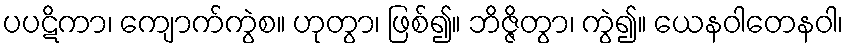
ပပဋိကာ၊ ကျောက်ကွဲစ။ ဟုတွာ၊ ဖြစ်၍။ ဘိဇ္ဇိတွာ၊ ကွဲ၍။ ယေနဝါတေနဝါ၊